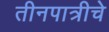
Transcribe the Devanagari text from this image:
तीनपात्रीचे